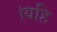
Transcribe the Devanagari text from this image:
।यहि